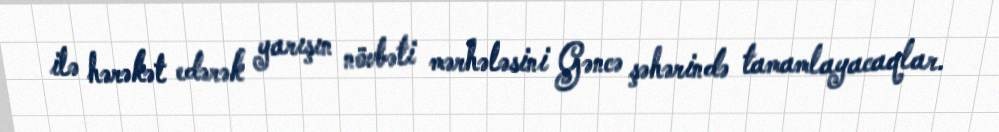
ilə hərəkət edərək yarışın növbəti mərhələsini Gəncə şəhərində tamamlayacaqlar.